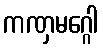
ကဏှမဂ္ဂေါ